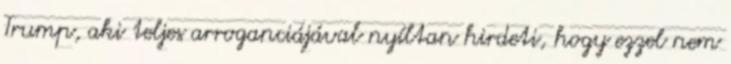
Trump, aki teljes arroganciájával nyíltan hirdeti, hogy ezzel nem